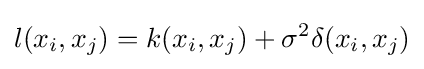
l(x_{i},x_{j})=k(x_{i},x_{j})+\sigma ^{2}\delta (x_{i},x_{j})